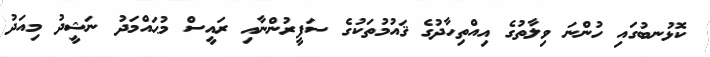
ކޮޅުނބުގައި ހުންނަ ވިލާތުގެ އިއްތިހާދުގެ ޤައުމުތަކުގެ ސަފީރުންނާއި ރައީސް މުޙައްމަދު ނަޝީދު މިއަދު